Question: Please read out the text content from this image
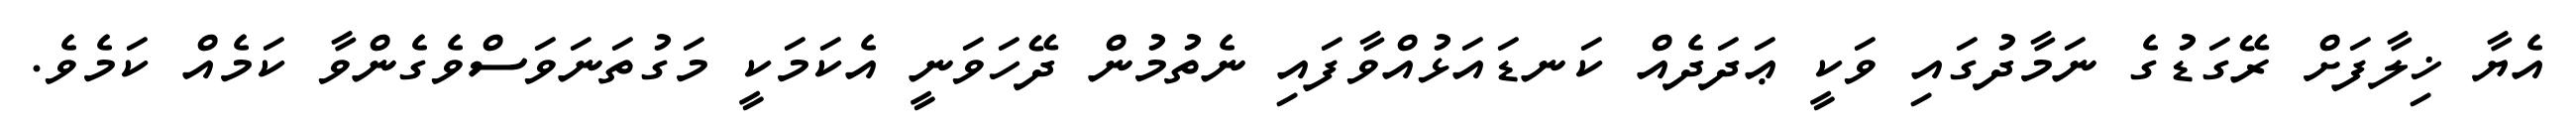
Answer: އެޔާ ޚިލާފަށް ރޭގަޑުގެ ނަމާދުގައި ވަކީ ޢަދަދެއް ކަނޑައަޅުއްވާފައި ނެތުމުން ދޭހަވަނީ އެކަމަކީ މަގުތަނަވަސްވެގެންވާ ކަމެއް ކަމެވެ.